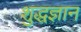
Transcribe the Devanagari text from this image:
शुद्धज्ञान